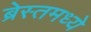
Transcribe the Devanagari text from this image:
ब्रेस्तमध्ये